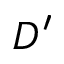
D ^ { \prime }